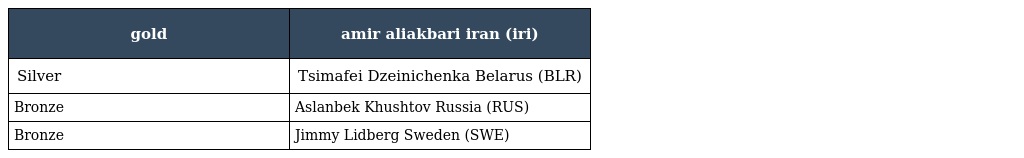
| gold | amir aliakbari iran (iri) |
 | --- | --- |
 | Silver | Tsimafei Dzeinichenka Belarus (BLR) |
 | Bronze | Aslanbek Khushtov Russia (RUS) |
 | Bronze | Jimmy Lidberg Sweden (SWE) |